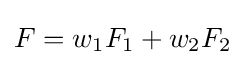
\textstyle F=w_{1}F_{1}+w_{2}F_{2}